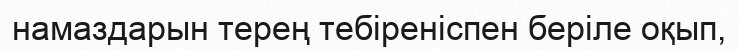
намаздарын терең тебіреніспен беріле оқып,